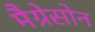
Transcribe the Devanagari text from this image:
मैग्रेसोन